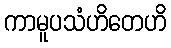
ကာမူပသံဟိတေဟိ